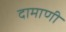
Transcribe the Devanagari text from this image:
दामाणी